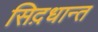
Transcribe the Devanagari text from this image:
सिद़धान्‍त